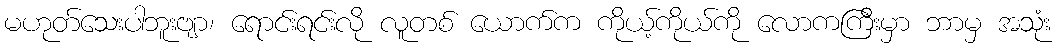
မဟုတ်သေးပါဘူးဗျာ၊ ရောင်းရင်းလို လူတစ် ယောက်က ကိုယ့်ကိုယ်ကို လောကကြီးမှာ ဘာမှ အသုံး